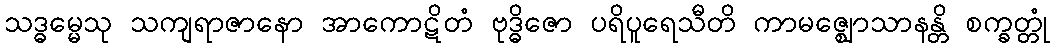
သဒ္ဓမ္မေသု သကျရာဇာနော အာကောဋိတံ ဗုဒ္ဓိဇော ပရိပူရေသီတိ ကာမဇ္ဈောသာနန္တိ စက္ခတ္တုံ